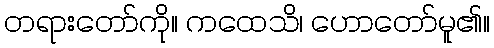
တရားတော်ကို။ ကထေသိ၊ ဟောတော်မူ၏။